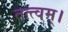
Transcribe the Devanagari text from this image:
तत्त्वम्।